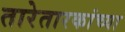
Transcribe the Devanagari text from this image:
तारेतारकांच्या